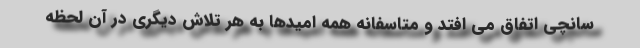
سانچی اتفاق می افتد و متاسفانه همه امیدها به هر تلاش دیگری در آن لحظه